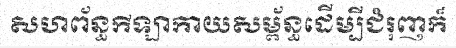
សហព័ន្ធកីឡាកាយសម្ព័ន្ធដើម្បីជំរុញក៏